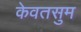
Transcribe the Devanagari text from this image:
केवतसुम